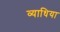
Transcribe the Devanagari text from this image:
व्याधिया